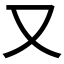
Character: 又